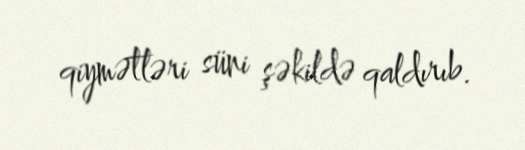
qiymətləri süni şəkildə qaldırıb.